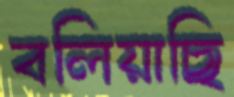
বলিয়াছি